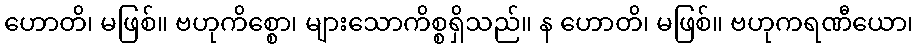
ဟောတိ၊ မဖြစ်။ ဗဟုကိစ္စော၊ များသောကိစ္စရှိသည်။ န ဟောတိ၊ မဖြစ်။ ဗဟုကရဏီယော၊